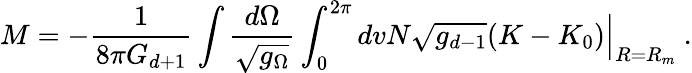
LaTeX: M=-\frac{1}{8\pi G_{d+1}}\int\frac{d\Omega}{\sqrt{g_{\Omega}}}\int_{0}^{2\pi}dvN\sqrt{g_{d-1}}(K-K_{0})\Big|_{R=R_{m}}\ .